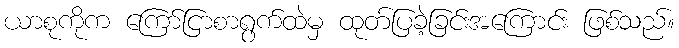
ယာစုကိုက ကြော်ငြာစာရွက်ထဲမှ ထုတ်ပြခဲ့ခြင်းအကြောင်း ဖြစ်သည်။